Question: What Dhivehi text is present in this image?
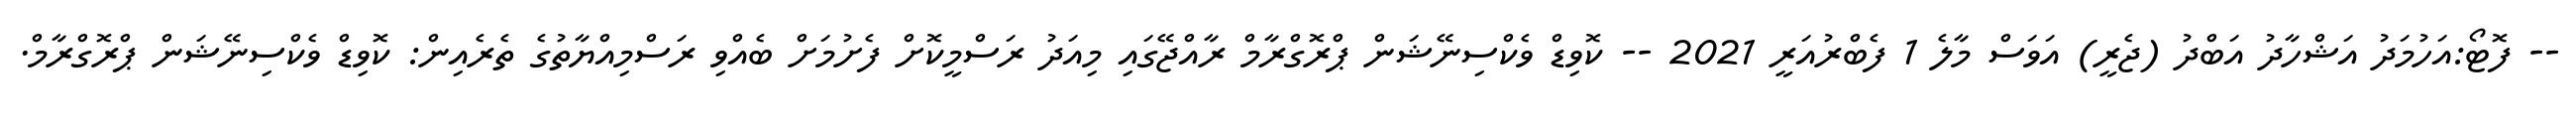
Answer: -- ފޮޓޯ:އަހުމަދު އަޝްހާދު އަބްދު (ޖެރީ) އަވަސް މާލެ 1 ފެބްރުއަރީ 2021 -- ކޮވިޑް ވެކްސިނޭޝަން ޕްރޮގްރާމް ރާއްޖޭގައި މިއަދު ރަސްމީކޮށް ފެށުމަށް ބެއްވި ރަސްމިއްޔާތުގެ ތެރެއިން: ކޮވިޑް ވެކްސިނޭޝަން ޕްރޮގްރާމް.